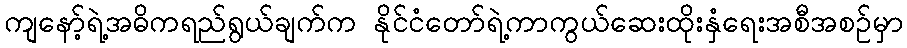
ကျနော့်ရဲ့အဓိကရည်ရွယ်ချက်က နိုင်ငံတော်ရဲ့ကာကွယ်ဆေးထိုးနှံရေးအစီအစဉ်မှာ